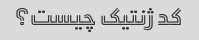
کد ژنتیک چیست؟